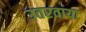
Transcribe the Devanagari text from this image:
उतरवाया